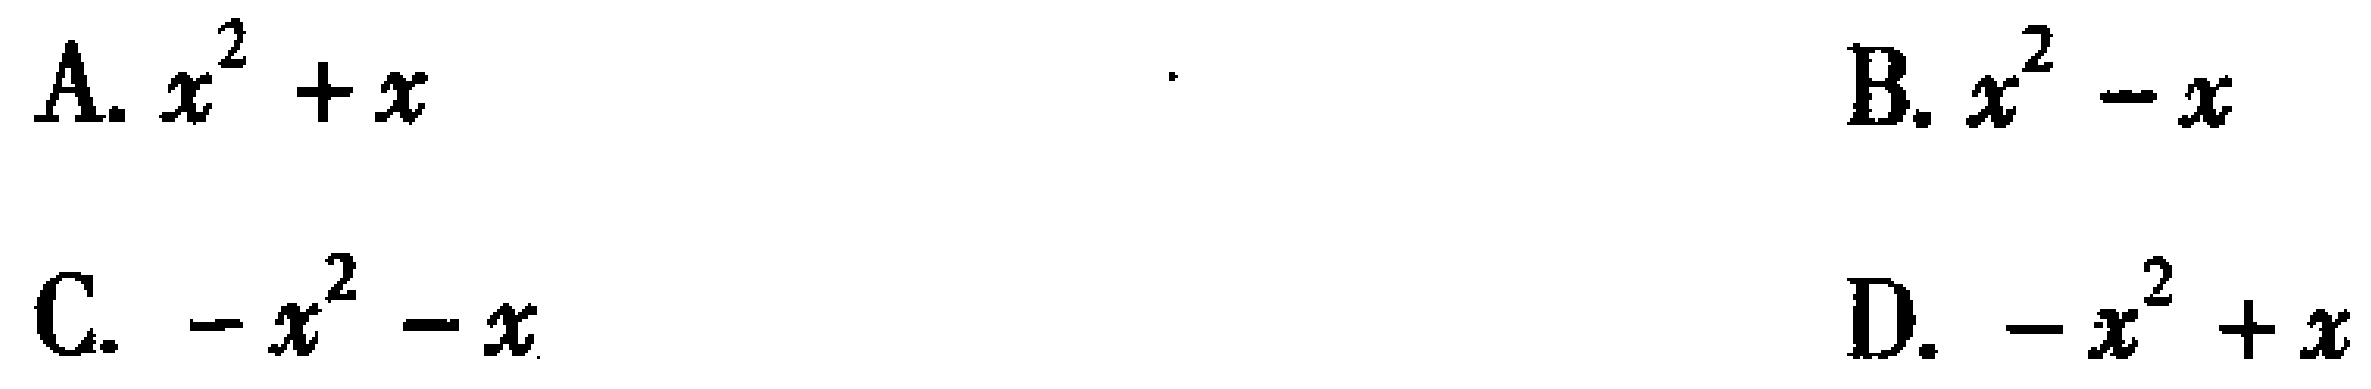
A. \(x^{2}+x\)  B. \(x^{2}-x\)  C. \(-x^{2}-x\)  D. \(-x^{2}+x\)